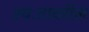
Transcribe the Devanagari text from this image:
स्वःतावरील